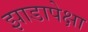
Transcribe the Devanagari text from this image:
झाडापेक्षा